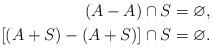
LaTeX: \begin{align*} (A-A)\cap S &= \varnothing,\\ [(A+S)-(A+S)]\cap S &=\varnothing.\end{align*}